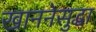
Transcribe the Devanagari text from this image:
खाननेसुद्धा